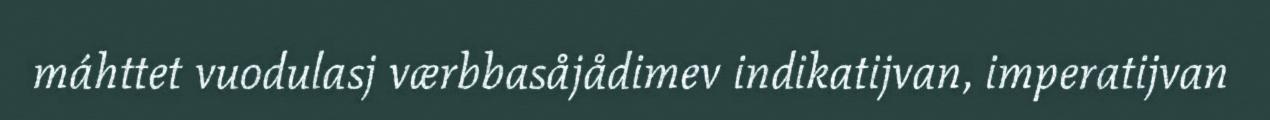
máhttet vuodulasj værbbasåjådimev indikatijvan, imperatijvan